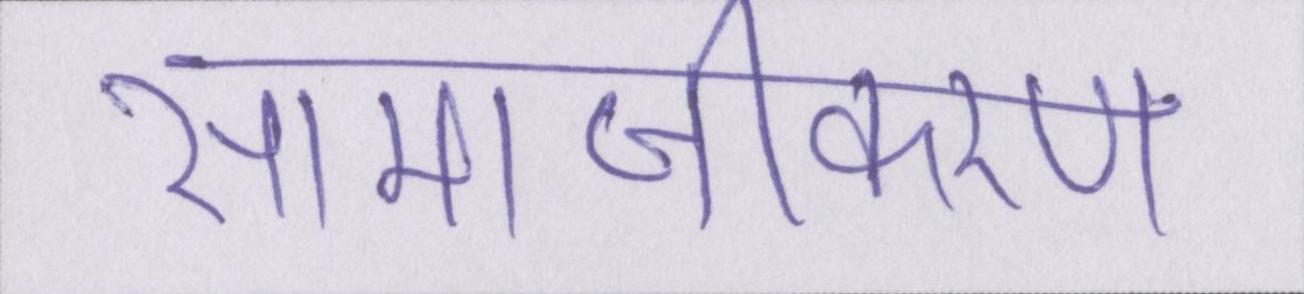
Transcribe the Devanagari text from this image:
सामाजीकरण